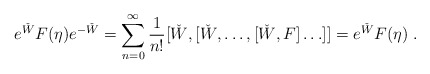
\begin{align*}e^{\check{W}}F(\eta)e^{-\check{W}}=\sum_{n=0}^{\infty}\frac{1}{n!}[\check{W},[\check{W},\ldots,[\check{W},F]\ldots]]=e^{\check{W}}F(\eta)\;.\end{align*}